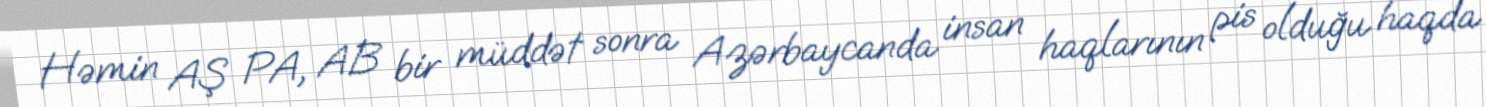
Həmin AŞ PA, AB bir müddət sonra Azərbaycanda insan haqlarının pis olduğu haqda